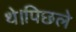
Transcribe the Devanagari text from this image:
थे।पिछले